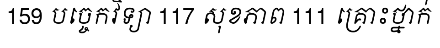
159 បច្ចេកវិទ្យា 117 សុខភាព 111 គ្រោះថ្នាក់